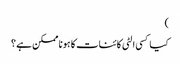
)
کیا کسی الٹی کائنات کا ہونا ممکن ہے ؟